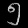
Digit: ၅